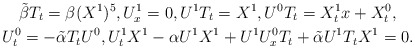
\begin{gather*}\tilde \beta T_t=\beta(X^1)^5,U^1_x=0,U^1T_t=X^1,U^0T_t=X^1_tx+X^0_t,\\U^0_t=-\tilde\alpha T_tU^0,U^1_tX^1-\alpha U^1 X^1+U^1U^0_x T_t + \tilde\alpha U^1 T_t X^1=0.\end{gather*}